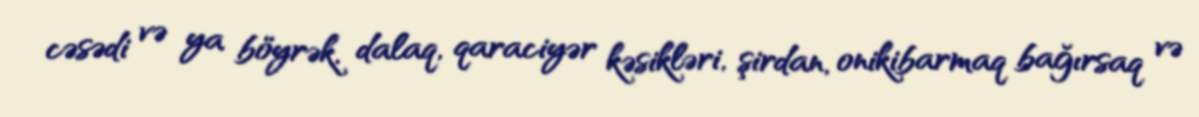
cəsədi və ya böyrək, dalaq, qaraciyər kəsikləri, şirdan, onikibarmaq bağırsaq və